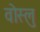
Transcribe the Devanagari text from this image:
वोस्लु